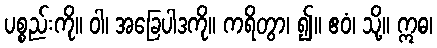
ပစ္စည်းကို။ ဝါ၊ အခြေပါဒကို။ ကရိတွာ၊ ၍။ ဧဝံ၊ သို့။ ဣဓ၊